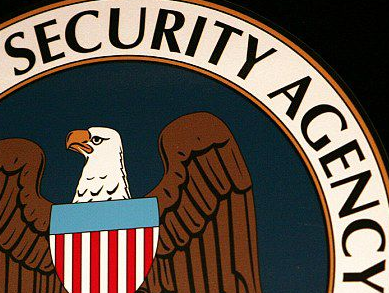
SECURITY AGENCY